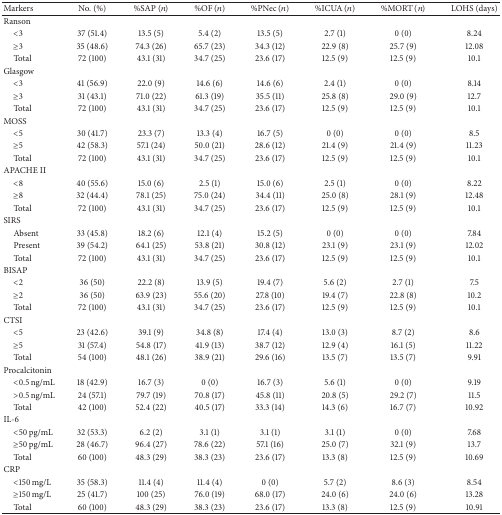
<table><thead><tr><td><b>Markers</b></td><td><b>No. (%)</b></td><td><b>%SAP (<i>n</i>)</b></td><td><b>%OF (<i>n</i>)</b></td><td><b>%PNec (<i>n</i>)</b></td><td><b>%ICUA (<i>n</i>)</b></td><td><b>%MORT (<i>n</i>)</b></td><td><b>LOHS (days)</b></td></tr></thead><tbody><tr><td>Ranson</td><td> </td><td> </td><td> </td><td> </td><td> </td><td> </td><td> </td></tr><tr><td> &lt;3</td><td>37 (51.4)</td><td>13.5 (5)</td><td>5.4 (2)</td><td>13.5 (5)</td><td>2.7 (1)</td><td>0 (0)</td><td>8.24</td></tr><tr><td> ≥3</td><td>35 (48.6)</td><td>74.3 (26)</td><td>65.7 (23)</td><td>34.3 (12)</td><td>22.9 (8)</td><td>25.7 (9)</td><td>12.08</td></tr><tr><td> Total</td><td>72 (100)</td><td>43.1 (31)</td><td>34.7 (25)</td><td>23.6 (17)</td><td>12.5 (9)</td><td>12.5 (9)</td><td>10.1</td></tr><tr><td>Glasgow</td><td> </td><td> </td><td> </td><td> </td><td> </td><td> </td><td> </td></tr><tr><td> &lt;3</td><td>41 (56.9)</td><td>22.0 (9)</td><td>14.6 (6)</td><td>14.6 (6)</td><td>2.4 (1)</td><td>0 (0)</td><td>8.14</td></tr><tr><td> ≥3</td><td>31 (43.1)</td><td>71.0 (22)</td><td>61.3 (19)</td><td>35.5 (11)</td><td>25.8 (8)</td><td>29.0 (9)</td><td>12.7</td></tr><tr><td> Total</td><td>72 (100)</td><td>43.1 (31)</td><td>34.7 (25)</td><td>23.6 (17)</td><td>12.5 (9)</td><td>12.5 (9)</td><td>10.1</td></tr><tr><td>MOSS</td><td> </td><td> </td><td> </td><td> </td><td> </td><td> </td><td> </td></tr><tr><td> &lt;5</td><td>30 (41.7)</td><td>23.3 (7)</td><td>13.3 (4)</td><td>16.7 (5)</td><td>0 (0)</td><td>0 (0)</td><td>8.5</td></tr><tr><td> ≥5</td><td>42 (58.3)</td><td>57.1 (24)</td><td>50.0 (21)</td><td>28.6 (12)</td><td>21.4 (9)</td><td>21.4 (9)</td><td>11.23</td></tr><tr><td> Total</td><td>72 (100)</td><td>43.1 (31)</td><td>34.7 (25)</td><td>23.6 (17)</td><td>12.5 (9)</td><td>12.5 (9)</td><td>10.1</td></tr><tr><td>APACHE II</td><td> </td><td> </td><td> </td><td> </td><td> </td><td> </td><td> </td></tr><tr><td> &lt;8</td><td>40 (55.6)</td><td>15.0 (6)</td><td>2.5 (1)</td><td>15.0 (6)</td><td>2.5 (1)</td><td>0 (0)</td><td>8.22</td></tr><tr><td> ≥8</td><td>32 (44.4)</td><td>78.1 (25)</td><td>75.0 (24)</td><td>34.4 (11)</td><td>25.0 (8)</td><td>28.1 (9)</td><td>12.48</td></tr><tr><td> Total</td><td>72 (100)</td><td>43.1 (31)</td><td>34.7 (25)</td><td>23.6 (17)</td><td>12.5 (9)</td><td>12.5 (9)</td><td>10.1</td></tr><tr><td>SIRS</td><td> </td><td> </td><td> </td><td> </td><td> </td><td> </td><td> </td></tr><tr><td> Absent</td><td>33 (45.8)</td><td>18.2 (6)</td><td>12.1 (4)</td><td>15.2 (5)</td><td>0 (0)</td><td>0 (0)</td><td>7.84</td></tr><tr><td> Present</td><td>39 (54.2)</td><td>64.1 (25)</td><td>53.8 (21)</td><td>30.8 (12)</td><td>23.1 (9)</td><td>23.1 (9)</td><td>12.02</td></tr><tr><td> Total</td><td>72 (100)</td><td>43.1 (31)</td><td>34.7 (25)</td><td>23.6 (17)</td><td>12.5 (9)</td><td>12.5 (9)</td><td>10.1</td></tr><tr><td>BISAP</td><td> </td><td> </td><td> </td><td> </td><td> </td><td> </td><td> </td></tr><tr><td> &lt;2</td><td>36 (50)</td><td>22.2 (8)</td><td>13.9 (5)</td><td>19.4 (7)</td><td>5.6 (2)</td><td>2.7 (1)</td><td>7.5</td></tr><tr><td> ≥2</td><td>36 (50)</td><td>63.9 (23)</td><td>55.6 (20)</td><td>27.8 (10)</td><td>19.4 (7)</td><td>22.8 (8)</td><td>10.2</td></tr><tr><td> Total</td><td>72 (100)</td><td>43.1 (31)</td><td>34.7 (25)</td><td>23.6 (17)</td><td>12.5 (9)</td><td>12.5 (9)</td><td>10.1</td></tr><tr><td>CTSI</td><td> </td><td> </td><td> </td><td> </td><td> </td><td> </td><td> </td></tr><tr><td> &lt;5</td><td>23 (42.6)</td><td>39.1 (9)</td><td>34.8 (8)</td><td>17.4 (4)</td><td>13.0 (3)</td><td>8.7 (2)</td><td>8.6</td></tr><tr><td> ≥5</td><td>31 (57.4)</td><td>54.8 (17)</td><td>41.9 (13)</td><td>38.7 (12)</td><td>12.9 (4)</td><td>16.1 (5)</td><td>11.22</td></tr><tr><td> Total</td><td>54 (100)</td><td>48.1 (26)</td><td>38.9 (21)</td><td>29.6 (16)</td><td>13.5 (7)</td><td>13.5 (7)</td><td>9.91</td></tr><tr><td>Procalcitonin</td><td> </td><td> </td><td> </td><td> </td><td> </td><td> </td><td> </td></tr><tr><td> &lt;0.5 ng/mL</td><td>18 (42.9)</td><td>16.7 (3)</td><td>0 (0)</td><td>16.7 (3)</td><td>5.6 (1)</td><td>0 (0)</td><td>9.19</td></tr><tr><td> &gt;0.5 ng/mL</td><td>24 (57.1)</td><td>79.7 (19)</td><td>70.8 (17)</td><td>45.8 (11)</td><td>20.8 (5)</td><td>29.2 (7)</td><td>11.5</td></tr><tr><td> Total</td><td>42 (100)</td><td>52.4 (22)</td><td>40.5 (17)</td><td>33.3 (14)</td><td>14.3 (6)</td><td>16.7 (7)</td><td>10.92</td></tr><tr><td>IL-6</td><td> </td><td> </td><td> </td><td> </td><td> </td><td> </td><td> </td></tr><tr><td> &lt;50 pg/mL</td><td>32 (53.3)</td><td>6.2 (2)</td><td>3.1 (1)</td><td>3.1 (1)</td><td>3.1 (1)</td><td>0 (0)</td><td>7.68</td></tr><tr><td> ≥50 pg/mL</td><td>28 (46.7)</td><td>96.4 (27)</td><td>78.6 (22)</td><td>57.1 (16)</td><td>25.0 (7)</td><td>32.1 (9)</td><td>13.7</td></tr><tr><td> Total</td><td>60 (100)</td><td>48.3 (29)</td><td>38.3 (23)</td><td>23.6 (17)</td><td>13.3 (8)</td><td>12.5 (9)</td><td>10.69</td></tr><tr><td>CRP</td><td> </td><td> </td><td> </td><td> </td><td> </td><td> </td><td> </td></tr><tr><td> &lt;150 mg/L</td><td>35 (58.3)</td><td>11.4 (4)</td><td>11.4 (4)</td><td>0 (0)</td><td>5.7 (2)</td><td>8.6 (3)</td><td>8.54</td></tr><tr><td> ≥150 mg/L</td><td>25 (41.7)</td><td>100 (25)</td><td>76.0 (19)</td><td>68.0 (17)</td><td>24.0 (6)</td><td>24.0 (6)</td><td>13.28</td></tr><tr><td> Total</td><td>60 (100)</td><td>48.3 (29)</td><td>38.3 (23)</td><td>23.6 (17)</td><td>13.3 (8)</td><td>12.5 (9)</td><td>10.91</td></tr></tbody></table>